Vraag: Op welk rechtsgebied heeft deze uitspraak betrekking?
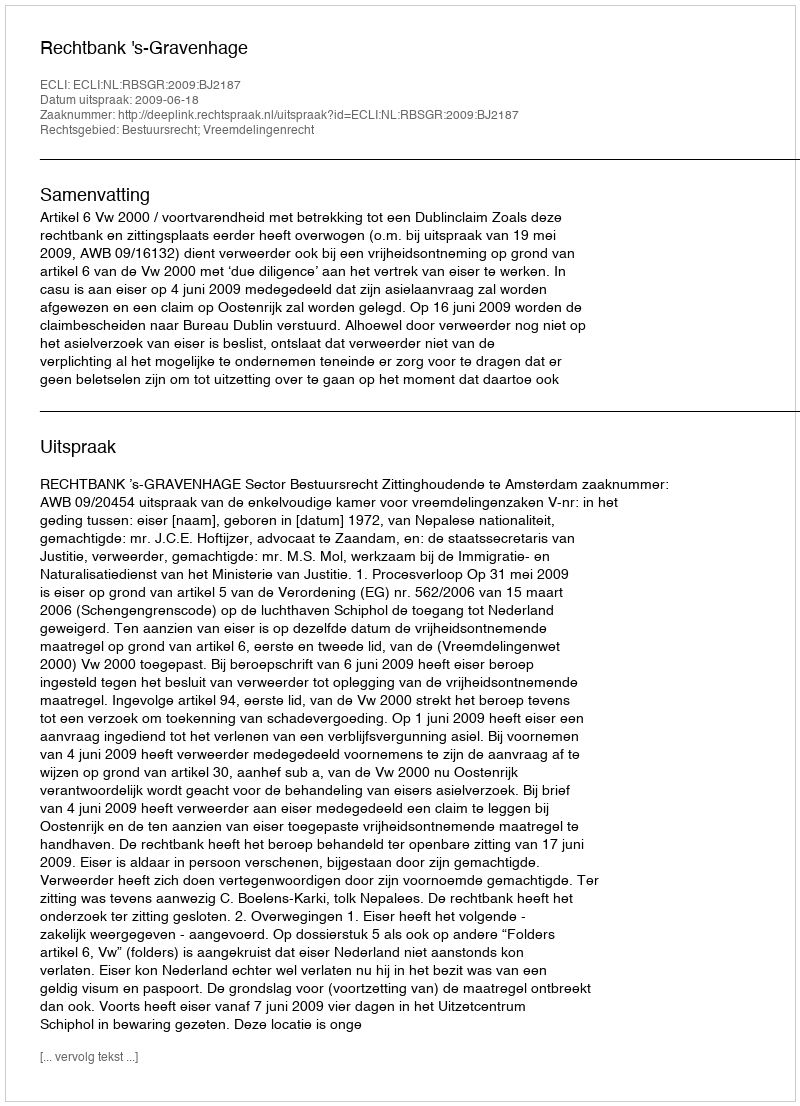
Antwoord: Bestuursrecht; Vreemdelingenrecht